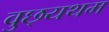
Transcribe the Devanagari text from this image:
वुछ्यथम